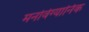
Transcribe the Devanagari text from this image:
मनोवेग्यानिक